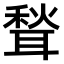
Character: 𫆉